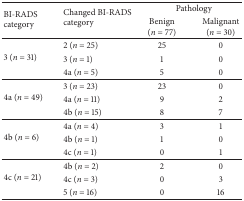
<table><thead><tr><td rowspan="2"><b>BI-RADS category</b></td><td rowspan="2"><b>Changed BI-RADS category</b></td><td colspan="2"><b>Pathology</b></td></tr><tr><td><b>Benign (<i>n</i> = 77)</b></td><td><b>Malignant (<i>n</i> = 30)</b></td></tr></thead><tbody><tr><td rowspan="3">3 (<i>n</i> = 31)</td><td>2 (<i>n</i> = 25)</td><td>25</td><td>0</td></tr><tr><td>3 (<i>n</i> = 1)</td><td>1</td><td>0</td></tr><tr><td>4a (<i>n</i> = 5)</td><td>5</td><td>0</td></tr><tr><td rowspan="3">4a (<i>n</i> = 49)</td><td>3 (<i>n</i> = 23)</td><td>23</td><td>0</td></tr><tr><td>4a (<i>n</i> = 11)</td><td>9</td><td>2</td></tr><tr><td>4b (<i>n</i> = 15)</td><td>8</td><td>7</td></tr><tr><td rowspan="3">4b (<i>n</i> = 6)</td><td>4a (<i>n</i> = 4)</td><td>3</td><td>1</td></tr><tr><td>4b (<i>n</i> = 1)</td><td>1</td><td>0</td></tr><tr><td>4c (<i>n</i> = 1)</td><td>0</td><td>1</td></tr><tr><td rowspan="3">4c (<i>n</i> = 21)</td><td>4b (<i>n</i> = 2)</td><td>2</td><td>0</td></tr><tr><td>4c (<i>n</i> = 3)</td><td>0</td><td>3</td></tr><tr><td>5 (<i>n</i> = 16)</td><td>0</td><td>16</td></tr></tbody></table>